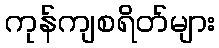
ကုန်ကျစရိတ်များ